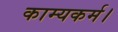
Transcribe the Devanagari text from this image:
काम्यकर्म।